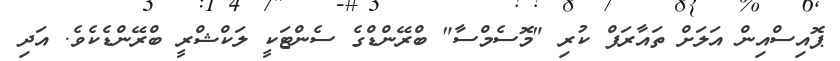
ޕޮއިސްއިން އަލަށް ތައާރަފް ކުރި "މޮސެމްސާ" ބްރޭންޑްގެ ސެންޓަކީ ލަކްޝްރީ ބްރޭންޑެކެވެ. އަދި